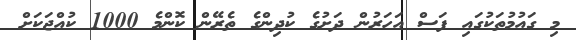
މި ގައުމުތަކުގައި ފަސް އަހަރުން ދަށުގެ ކުދިންގެ ތެރޭން ކޮންމެ 1000 ކުއްޖަކަށް